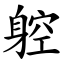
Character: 躻